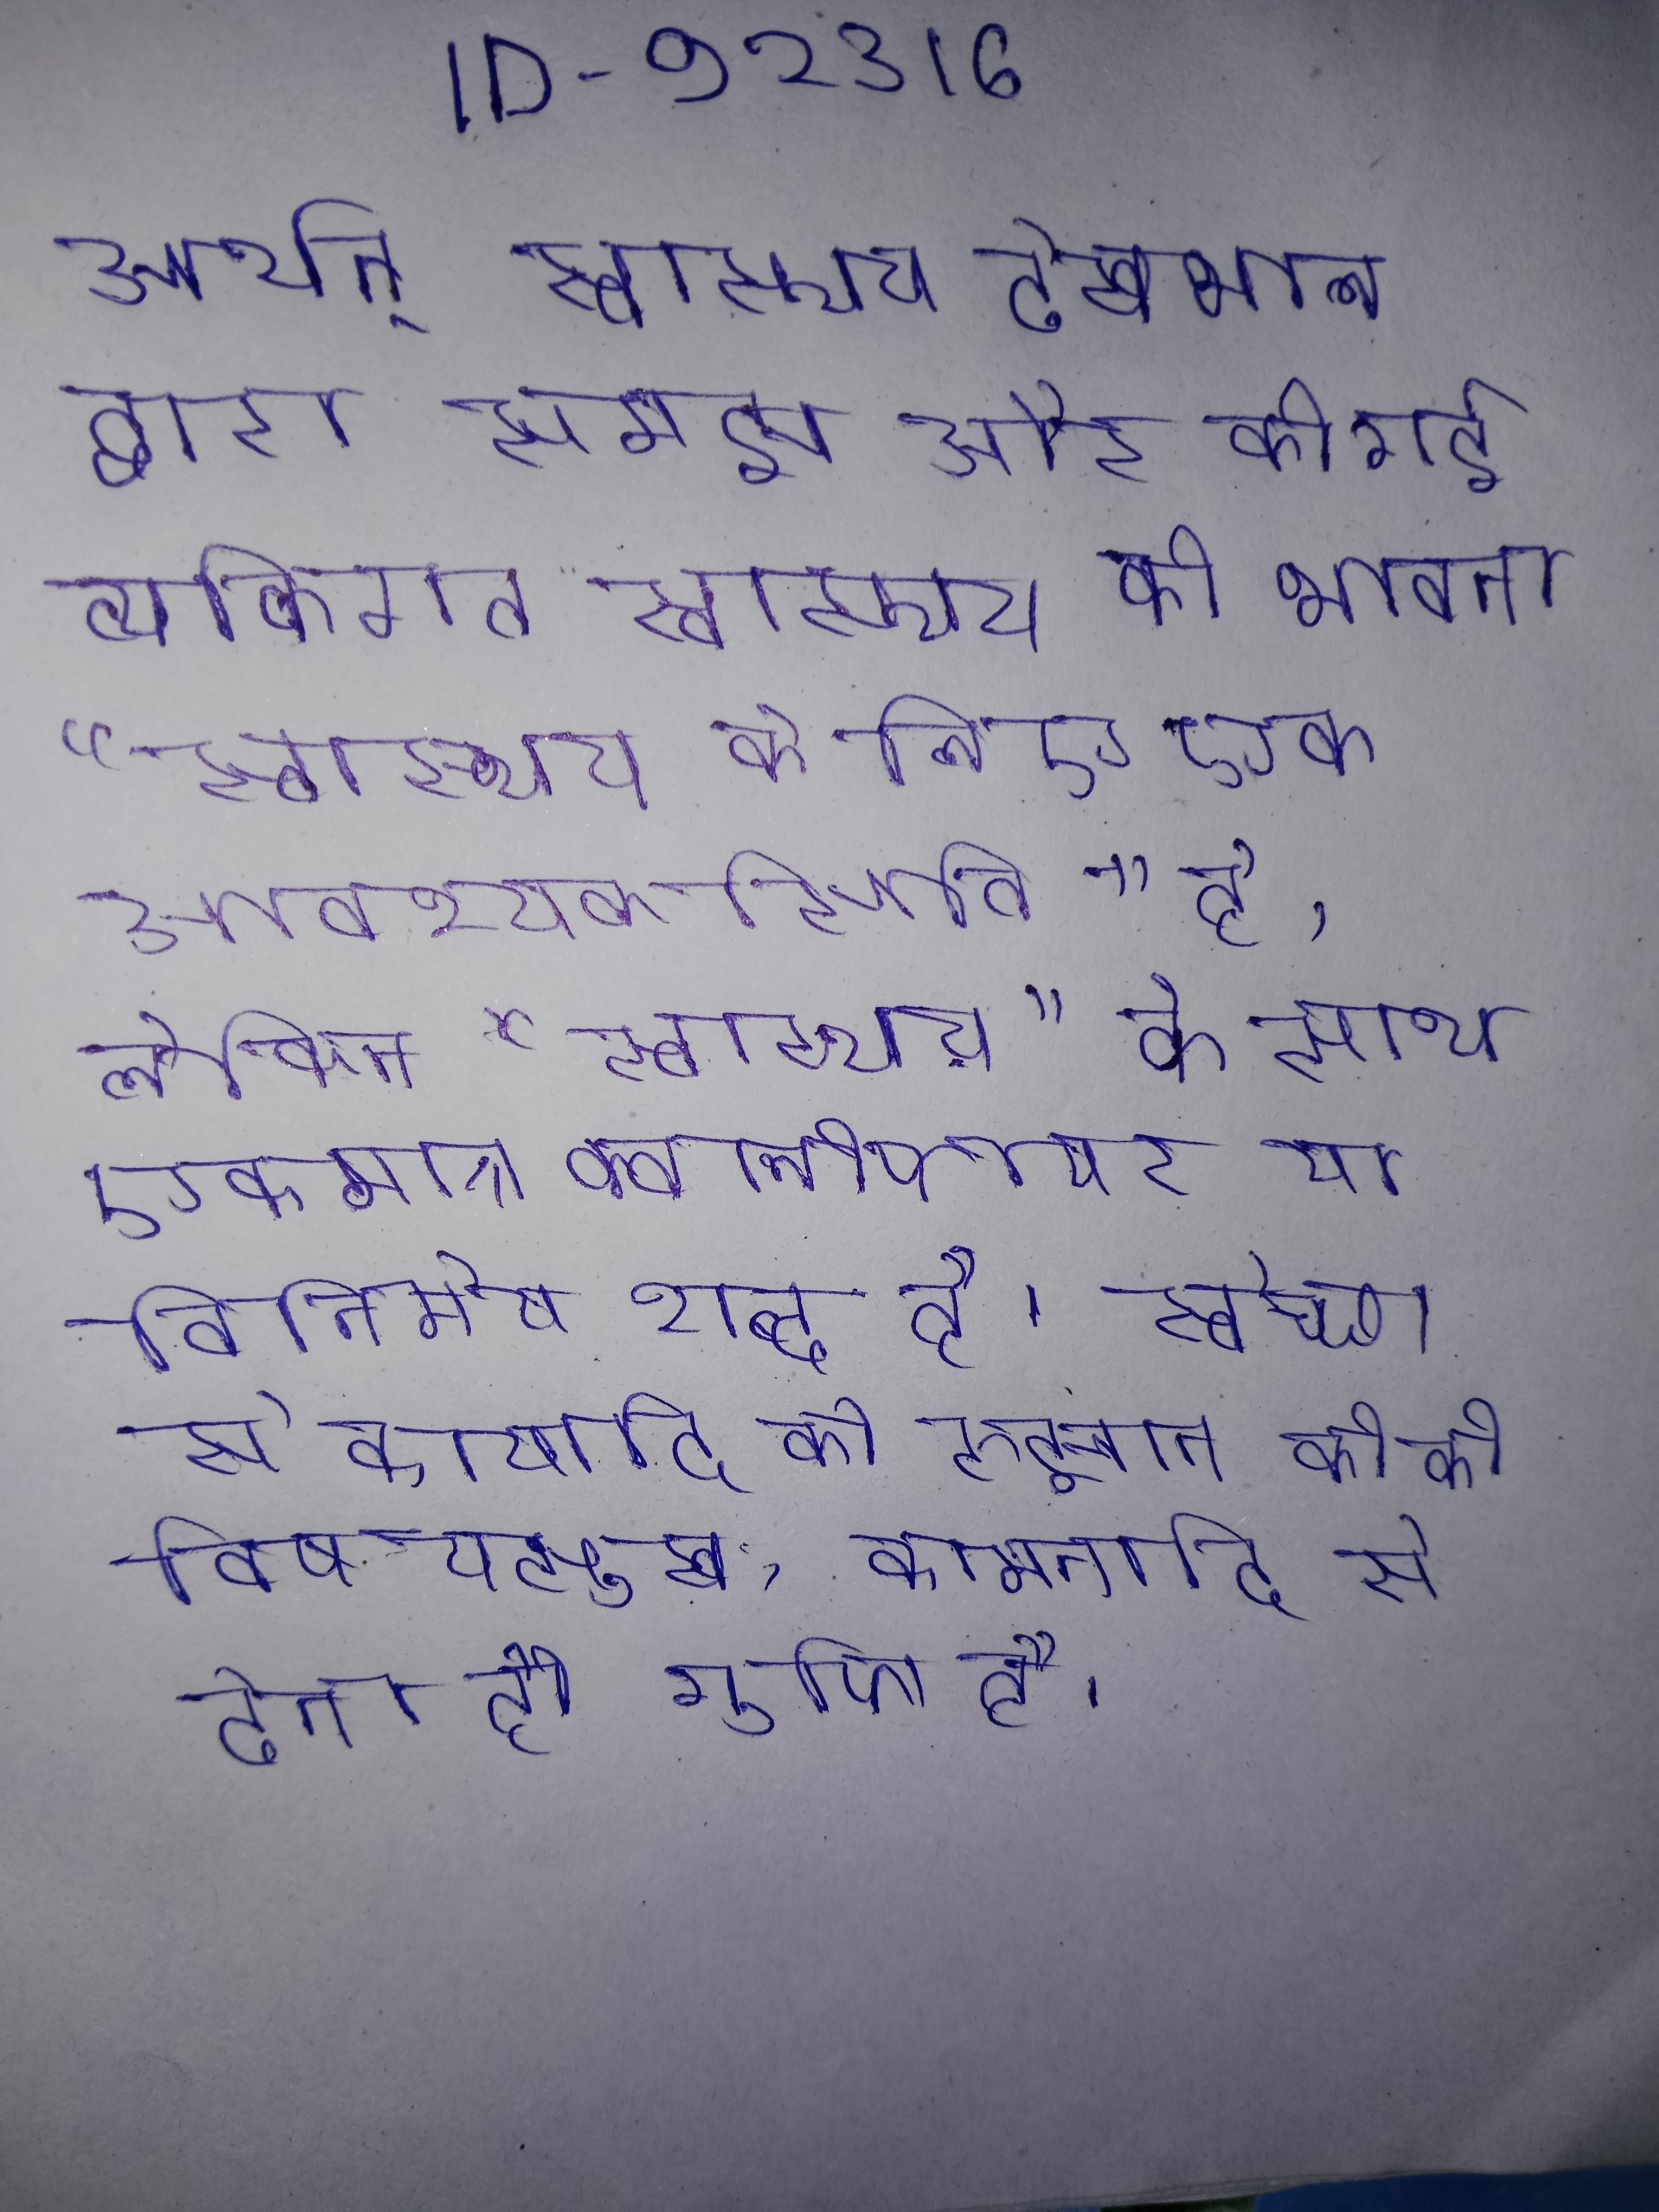
अर्थात्, स्वास्थ्य देखभाल द्वारा समझ और की गई व्यक्तिगत स्वास्थ्य की भावना "स्वास्थ्य के लिए एक आवश्यक स्थिति" है, लेकिन "स्वास्थ्य" के साथ एकमात्र क्वालीफायर या विनिमेय शब्द है । स्वेच्छा से कायादि की रुझान को के विषयसुख, कामनादि से देना ही गुप्ति है ।